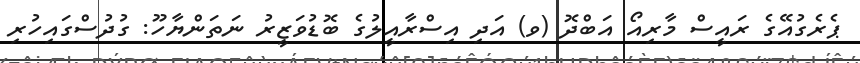
ޕެރެގުއޭގެ ރައީސް މާރިއޯ އަބްދޮ (ވ) އަދި އިސްރާއީލުގެ ބޮޑުވަޒީރު ނަތަންޔާހޫ: ގުދުސްގައިހުރި